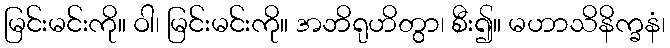
မြင်းမင်းကို။ ဝါ၊ မြင်းမင်းကို။ အဘိရုဟိတွာ၊ စီး၍။ မဟာသိနိက္ခနံ၊